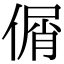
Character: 𠋱